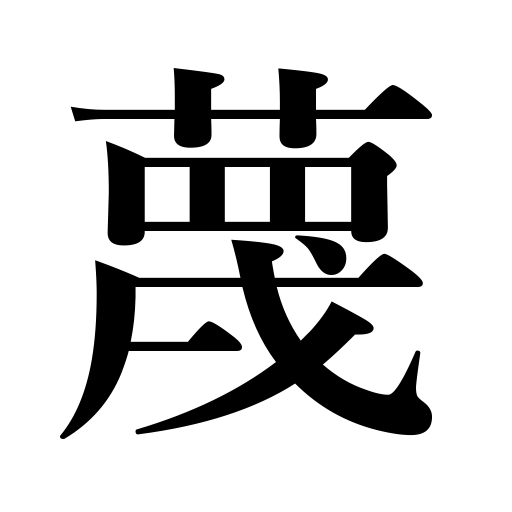
Meanings: ignore,despise,neglect,ridicule